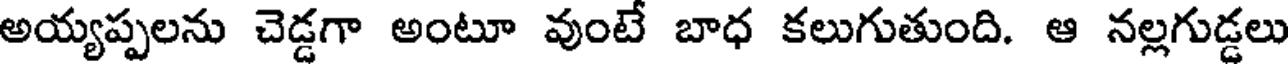
అయ్యప్పలను చెడ్డగా అంటూ వుంటే బాధ కలుగుతుంది. ఆ నల్లగుడ్డలు